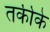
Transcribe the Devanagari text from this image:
तकीके